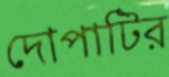
দোপাটির